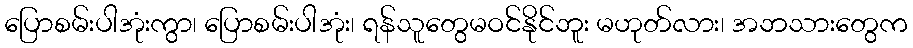
ပြောစမ်းပါအုံးကွာ၊ ပြောစမ်းပါအုံး၊ ရန်သူတွေမဝင်နိုင်ဘူး မဟုတ်လား၊ အဘသားတွေက